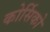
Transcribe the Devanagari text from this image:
कोर्सिको